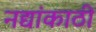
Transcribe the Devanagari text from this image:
नद्यांकाठी